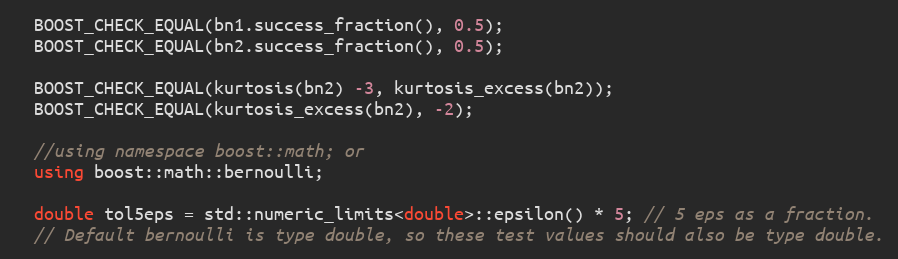
Language: C++
  BOOST_CHECK_EQUAL(bn1.success_fraction(), 0.5);
  BOOST_CHECK_EQUAL(bn2.success_fraction(), 0.5);

  BOOST_CHECK_EQUAL(kurtosis(bn2) -3, kurtosis_excess(bn2));
  BOOST_CHECK_EQUAL(kurtosis_excess(bn2), -2);

  //using namespace boost::math; or
  using boost::math::bernoulli;

  double tol5eps = std::numeric_limits<double>::epsilon() * 5; // 5 eps as a fraction.
  // Default bernoulli is type double, so these test values should also be type double.